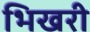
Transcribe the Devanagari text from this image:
भिखरी